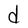
Character: d